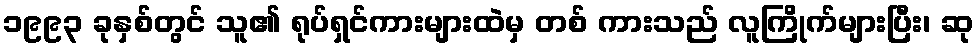
၁၉၉၃ ခုနှစ်တွင် သူ၏ ရုပ်ရှင်ကားများထဲမှ တစ် ကားသည် လူကြိုက်များပြီး၊ ဆု